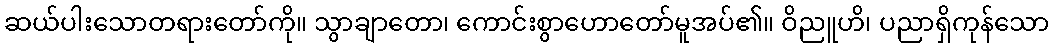
ဆယ်ပါးသောတရားတော်ကို။ သွာချာတော၊ ကောင်းစွာဟောတော်မူအပ်၏။ ဝိညူဟိ၊ ပညာရှိကုန်သော